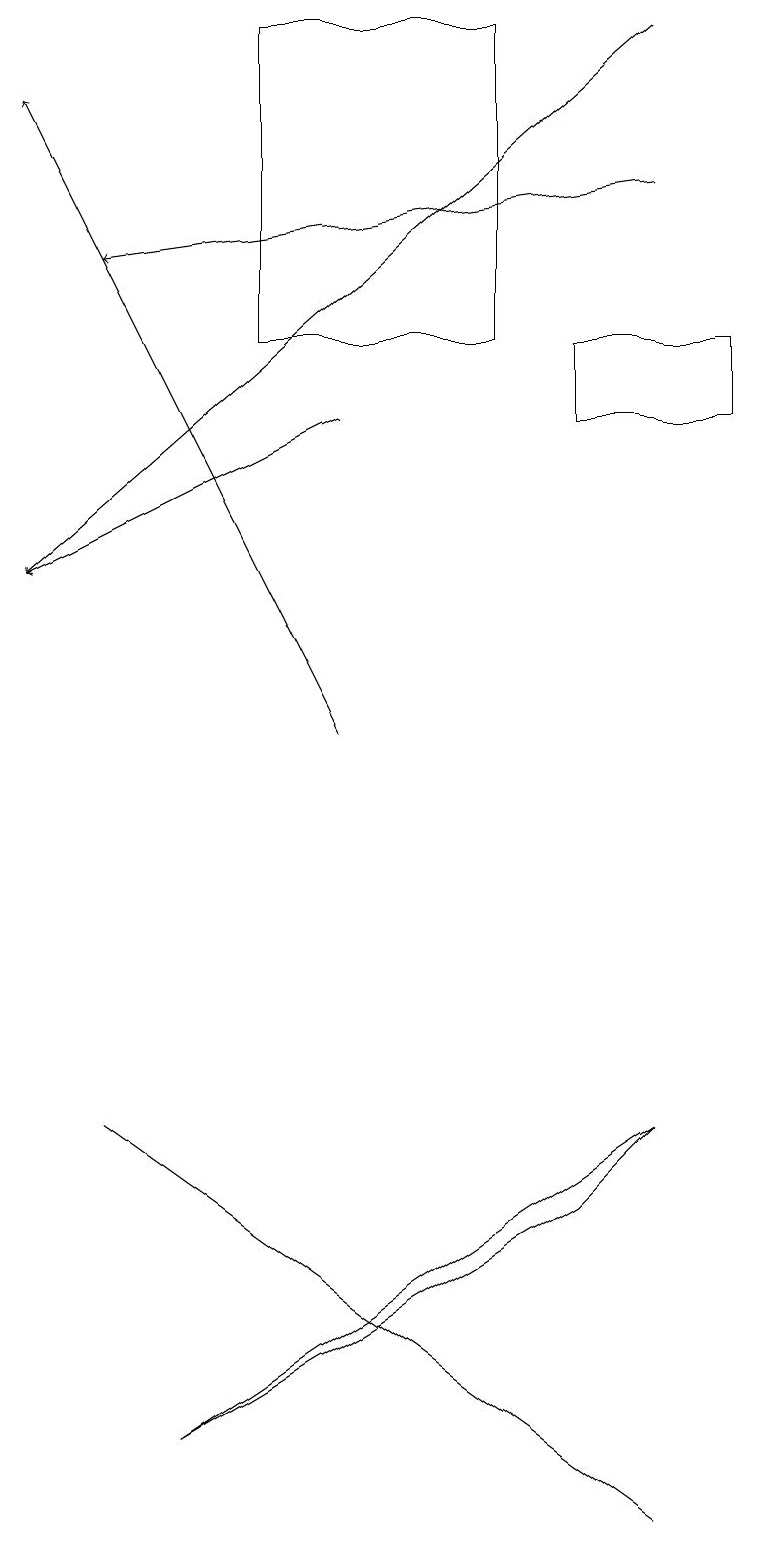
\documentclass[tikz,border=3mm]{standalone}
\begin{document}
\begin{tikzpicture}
\draw (9,15) rectangle (7,14);
\draw[->] (8,17) -- (1,16);
\draw (6,15) rectangle (3,19);
\draw (8,5) -- (7,4) -- (2,1) -- cycle;
\draw (8,0) -- (1,5) -- (1,5) -- cycle;
\draw[->] (8,19) -- (0,12);
\draw[->] (4,10) -- (0,18);
\draw[->] (4,14) -- (0,12);
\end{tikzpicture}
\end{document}